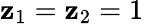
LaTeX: \mathbf{z}_{1}=\mathbf{z}_{2}=1